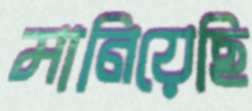
মানিয়েছি